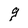
Character: g